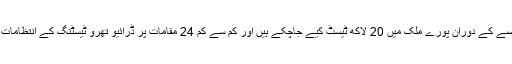
4 ماہ کے عرصے کے دوران پورے ملک میں 20 لاکھ ٹیسٹ کیے جاچکے ہیں اور کم سے کم 24 مقامات پر ڈرائیو تھرو ٹیسٹنگ کے انتظامات کیے گئے ہیں۔